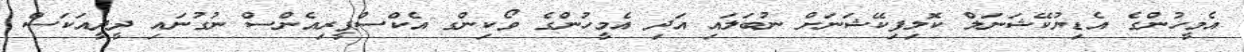
އެމީހުންގެ އެޑިޔުކޭޝަނަލް ކޮލިފިކޭޝަނަށް ނުބަލައި އަދި އެމީހުންގެ ވޯކިންގ އެކްސްޕީރިއެންސް ނުގުނައި ދީދީއަކަސް